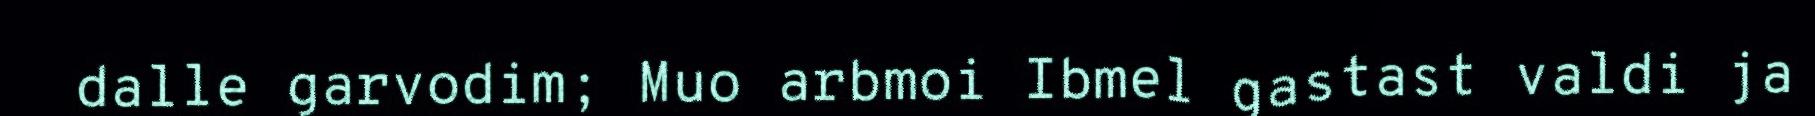
dalle garvodim; Muo arbmoi Ibmel gastast valdi ja